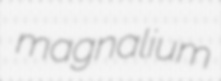
magnalium